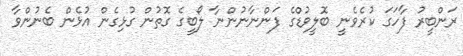
ރަންބީރު ފާހަގަ ކުރެވެނީ ބޮލީވުޑްގެ ފަންނާނުންނާ ލޯބީގެ ގޮތުން ގުޅިގެން އުޅެން ބެނުންވާ